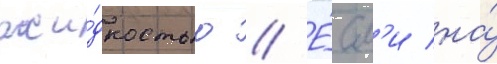
жи́дкостью // Е́сл'и на́